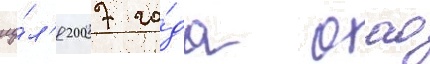
иу́л'я 2007 го́да оао